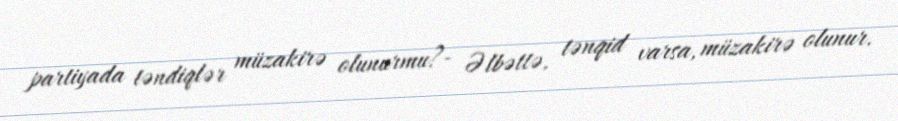
partiyada təndiqlər müzakirə olunurmu?- Əlbəttə, tənqid varsa, müzakirə olunur.